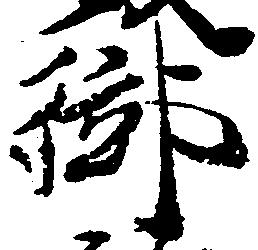
御